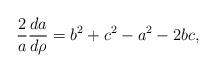
LaTeX: \begin{align*}\frac{2}{a}\frac{da}{d\rho}= b^2+c^2-a^2- 2bc,\end{align*}